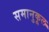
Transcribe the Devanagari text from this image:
समानुकूल